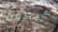
سيكون